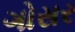
ગોસર